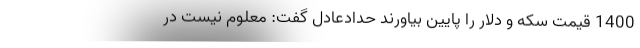
1400 قیمت سکه و دلار را پایین بیاورند حدادعادل گفت: معلوم نیست در